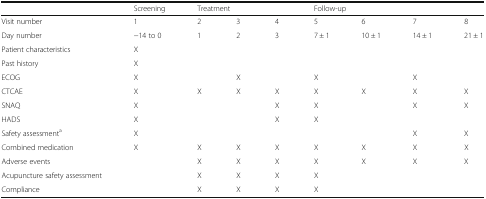
|  | Screening | <COLSPAN=3> Treatment | <COLSPAN=4> Follow-up |
 | --- | --- | --- | --- | --- | --- | --- | --- | --- |
 | Visit number | 1 | 2 | 3 | 4 | 5 | 6 | 7 | 8 |
 | Day number | −14 to 0 | 1 | 2 | 3 | 7 ± 1 | 10 ± 1 | 14 ± 1 | 21 ± 1 |
 | Patient characteristics | X |  |  |  |  |  |  |  |
 | Past history | X |  |  |  |  |  |  |  |
 | ECOG | X |  | X |  | X |  | X |  |
 | CTCAE | X | X | X | X | X | X | X | X |
 | SNAQ | X |  |  | X | X |  | X | X |
 | HADS | X |  |  | X | X |  |  |  |
 | Safety assessmenta | X |  |  |  |  |  | X | X |
 | Combined medication | X | X | X | X | X | X | X | X |
 | Adverse events |  | X | X | X | X | X | X | X |
 | Acupuncture safety assessment |  | X | X | X | X |  |  |  |
 | Compliance |  | X | X | X | X |  |  |  |